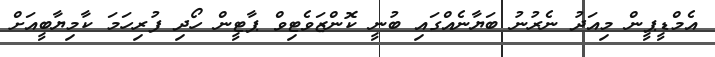
އެމްޑީޕީން މިއަދު ނެރުނު ބަޔާނެއްގައި ބުނީ ކޮންޒަވެޓިވް ޕާޓީން ހޯދި ފުރިހަމަ ކާމިޔާބީއަށް